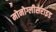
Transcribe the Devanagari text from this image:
मोनोग्लीसराइड